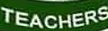
TEACHERS